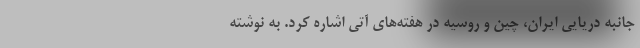
جانبه دریایی ایران، چین و روسیه در هفته‌های آتی اشاره کرد. به نوشته